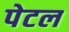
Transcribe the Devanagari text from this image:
पेटल